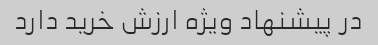
در پیشنهاد ویژه ارزش خرید دارد